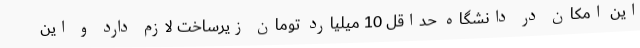
این امکان در دانشگاه حداقل 10 میلیارد تومان زیرساخت لازم دارد و این